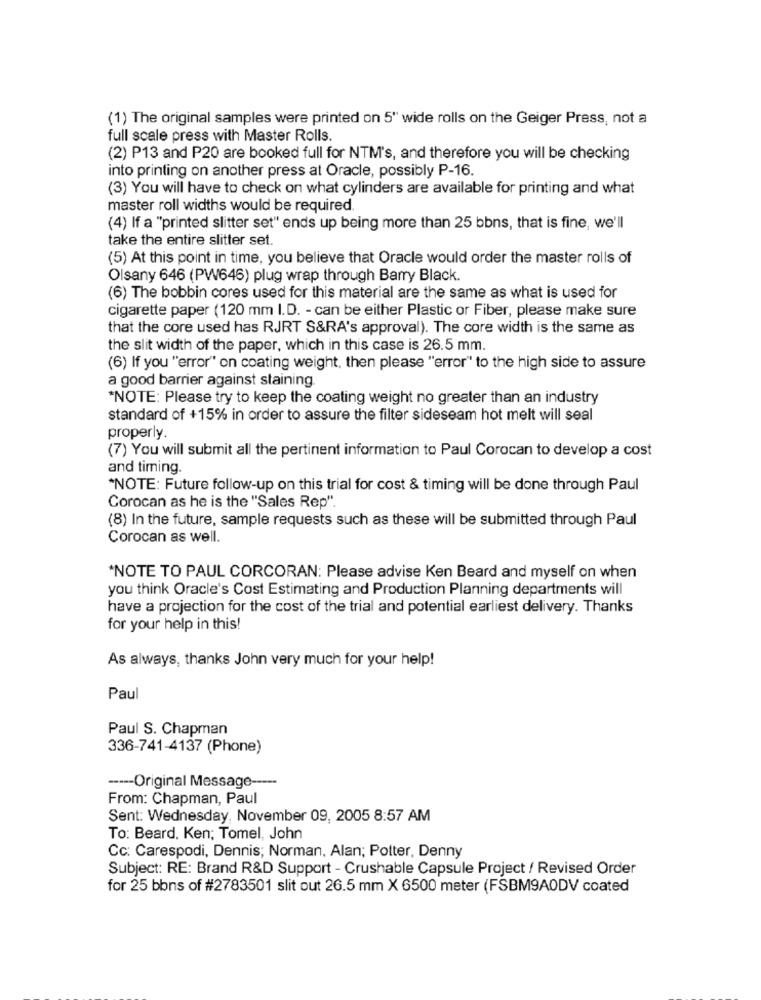
(1) The original samples were printed on 5" wide rolls on the Geiger Press, not a
full scale press with Master Rolls.
(2) P13 and P20 are booked full for NTM's, and therefore you will be checking
into printing on another press at Oracle, possibly P-16.
(3) You will have to check on what cylinders are available for printing and what
master roll widths would be required.
(4) If a "printed slitter set" ends up being more than 25 bbns, that is fine, we'll
take the entire slitter set.
(5) At this point in time, you believe that Oracle would order the master rolls of
Olsany 646 (PW646) plug wrap through Barry Black.
(6) The bobbin cores used for this material are the same as what is used for
cigarette paper (120 mm I.D. - can be either Plastic or Fiber, please make sure
that the core used has RJRT S&RA's approval). The core width is the same as
the slit width of the paper, which in this case is 26.5 mm.
(6) If you "error" on coating weight, then please "error" to the high side to assure
a good barrier against staining
*NOTE: Please try to keep the coating weight no greater than an industry
standard of +15% in order to assure the filter sideseam hot melt will seal
properly.
(7) You will submit all the pertinent information to Paul Corocan to develop a cost
and timing.
*NOTE: Future follow-up on this trial for cost & timing will be done through Paul
Corocan as he is the "Sales Rep".
(8) In the future, sample requests such as these will be submitted through Paul
Corocan as well.
"NOTE TO PAUL CORCORAN: Please advise Ken Beard and myself on when
you think Oracle's Cost Estimating and Production Planning departments will
have a projection for the cost of the trial and potential earliest delivery. Thanks
for your help in this!
As always, thanks John very much for your help!
Paul
Paul S. Chapman
336-741-4137 (Phone)
----- Original Message -----
From: Chapman, Paul
Sent: Wednesday, November 09, 2005 8:57 AM
To: Beard. Ken; Tomel, John
Cc: Carespodi, Dennis; Norman, Alan; Potter, Denny
Subject: RE: Brand R&D Support - Crushable Capsule Project / Revised Order
for 25 bbns of #2783501 slit out 26.5 mm X 6500 meter (FSBM9AODV coated